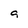
Character: 9